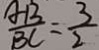
\frac { A B } { B C } = \frac { 3 } { 2 }